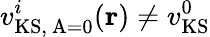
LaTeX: {v_{\mathrm{KS,~A=0}}^{i}(\mathbf{r})}\neq v_{\mathrm{KS}}^{0}